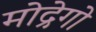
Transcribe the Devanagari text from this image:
मोद्रेगो